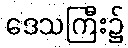
ဒေသကြီး၌